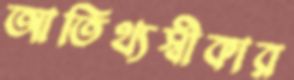
আতিথ্যস্বীকার